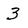
Character: 3